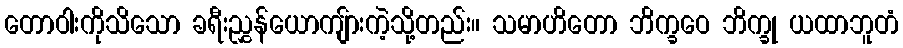
တောဝါးကိုသိသော ခရီးညွှန်ယောကျ်ားကဲ့သို့တည်း။ သမာဟိတော ဘိက္ခဝေ ဘိက္ခု ယထာဘူတံ